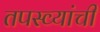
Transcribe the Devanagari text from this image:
तपस्व्यांची